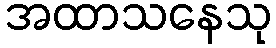
အထာသနေသု